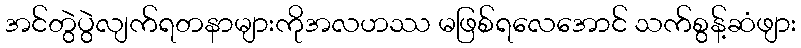
အင်တွဲပွဲလျက်ရတနာများကိုအလဟဿ မဖြစ်ရလေအောင် သက်စွန့်ဆံဖျား